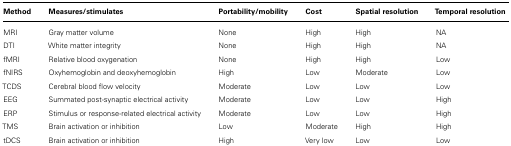
<table><thead><tr><td><b>Method</b></td><td><b>Measures/stimulates</b></td><td><b>Portability/mobility</b></td><td><b>Cost</b></td><td><b>Spatial resolution</b></td><td><b>Temporal resolution</b></td></tr></thead><tbody><tr><td>MRI</td><td>Gray matter volume</td><td>None</td><td>High</td><td>High</td><td>NA</td></tr><tr><td>DTI</td><td>White matter integrity</td><td>None</td><td>High</td><td>High</td><td>NA</td></tr><tr><td>fMRI</td><td>Relative blood oxygenation</td><td>None</td><td>High</td><td>High</td><td>Low</td></tr><tr><td>fNIRS</td><td>Oxyhemoglobin and deoxyhemoglobin</td><td>High</td><td>Low</td><td>Moderate</td><td>Low</td></tr><tr><td>TCDS</td><td>Cerebral blood flow velocity</td><td>Moderate</td><td>Low</td><td>Low</td><td>Low</td></tr><tr><td>EEG</td><td>Summated post-synaptic electrical activity</td><td>Moderate</td><td>Low</td><td>Low</td><td>High</td></tr><tr><td>ERP</td><td>Stimulus or response-related electrical activity</td><td>Moderate</td><td>Low</td><td>Low</td><td>High</td></tr><tr><td>TMS</td><td>Brain activation or inhibition</td><td>Low</td><td>Moderate</td><td>High</td><td>High</td></tr><tr><td>tDCS</td><td>Brain activation or inhibition</td><td>High</td><td>Very low</td><td>Low</td><td>Low</td></tr></tbody></table>